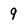
Character: 9